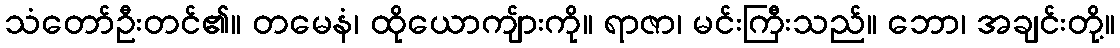
သံတော်ဦးတင်၏။ တမေနံ၊ ထိုယောကျ်ားကို။ ရာဇာ၊ မင်းကြီးသည်။ ဘော၊ အချင်းတို့။